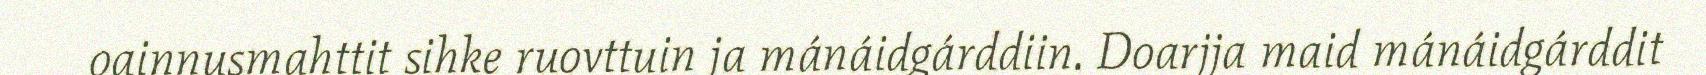
oainnusmahttit sihke ruovttuin ja mánáidgárddiin. Doarjja maid mánáidgárddit